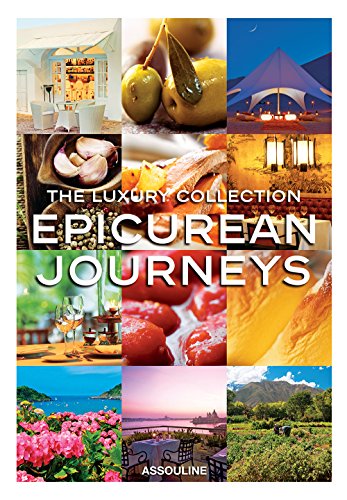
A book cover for Luxury Collection Epicurean Journeys; Joshua D. Stein; Travel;